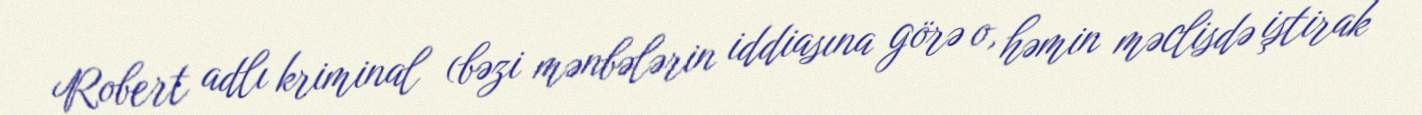
Robert adlı kriminal (bəzi mənbələrin iddiasına görə o, həmin məclisdə iştirak